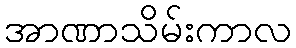
အာဏာသိမ်းကာလ